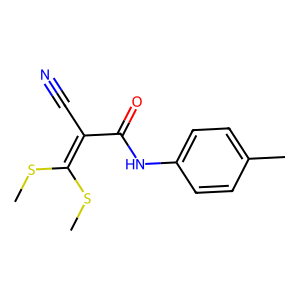
SMILES: CSC(SC)=C(C#N)C(=O)Nc1ccc(C)cc1
Inhibits HIV replication: No